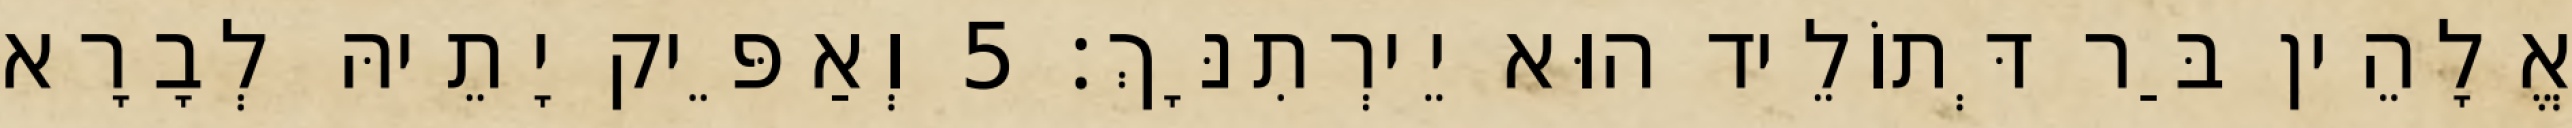
אֱלָהֵין בַּר דְּתוֹלֵיד הוּא יֵירְתִנָּךְ׃ 5 וְאַפֵּיק יָתֵיהּ לְבָרָא